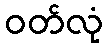
ဝတ်လုံ